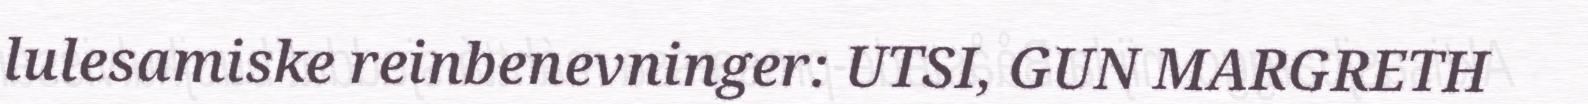
lulesamiske reinbenevninger: UTSI, GUN MARGRETH